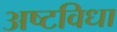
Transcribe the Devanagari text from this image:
अष्टविधा